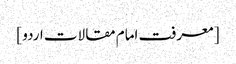
[ معرفت امام مقالات اردو ]